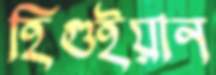
হিগুইয়ান